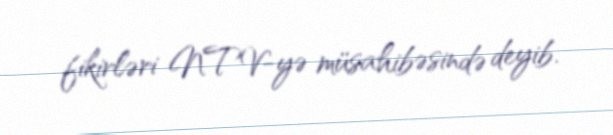
fikirləri NTV-yə müsahibəsində deyib.